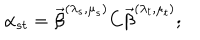
\alpha _ { s t } = \vec { \beta } ^ { ( \lambda _ { s } , \mu _ { s } ) } C \vec { \beta } ^ { ( \lambda _ { t } , \mu _ { t } ) } ;